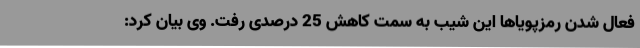
فعال شدن رمزپویاها این شیب به سمت کاهش 25 درصدی رفت. وی بیان کرد: